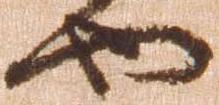
や